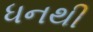
ધનથી